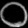
Digit: ၀